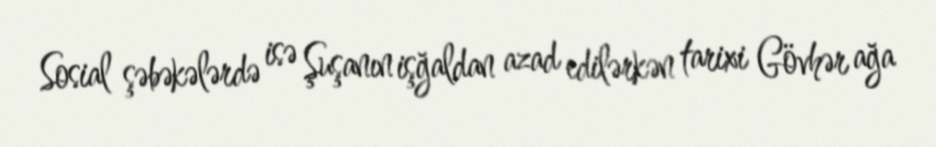
Sosial şəbəkələrdə isə Şuşanın işğaldan azad edilərkən tarixi Gövhər ağa